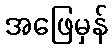
အဖြေမှန်